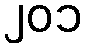
၂၀၁